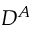
D ^ { A }